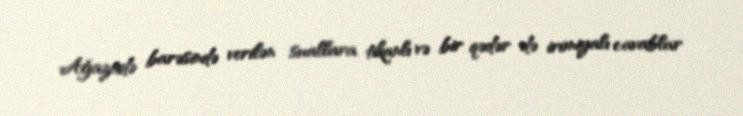
Ağazadə barəsində verilən suallara tikanlı və bir qədər də ironiyalı cavablar